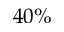
4 0 \%